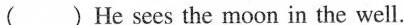
( ) He sees the moon in the well.